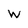
Character: w